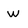
Character: W